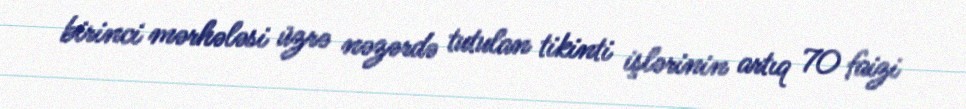
birinci mərhələsi üzrə nəzərdə tutulan tikinti işlərinin artıq 70 faizi